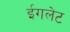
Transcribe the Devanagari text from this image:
ईगलेट